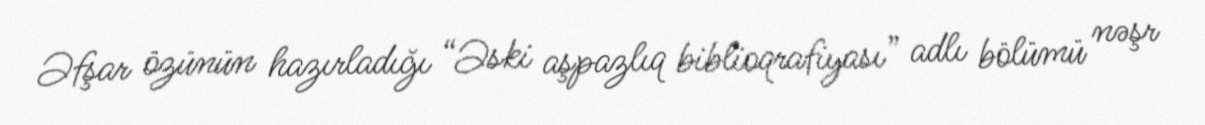
Əfşar özünün hazırladığı “Əski aşpazlıq biblioqrafiyası” adlı bölümü nəşr